Statistical return of the lunatic asylum in Assam - 1912-1932
Year: 1912
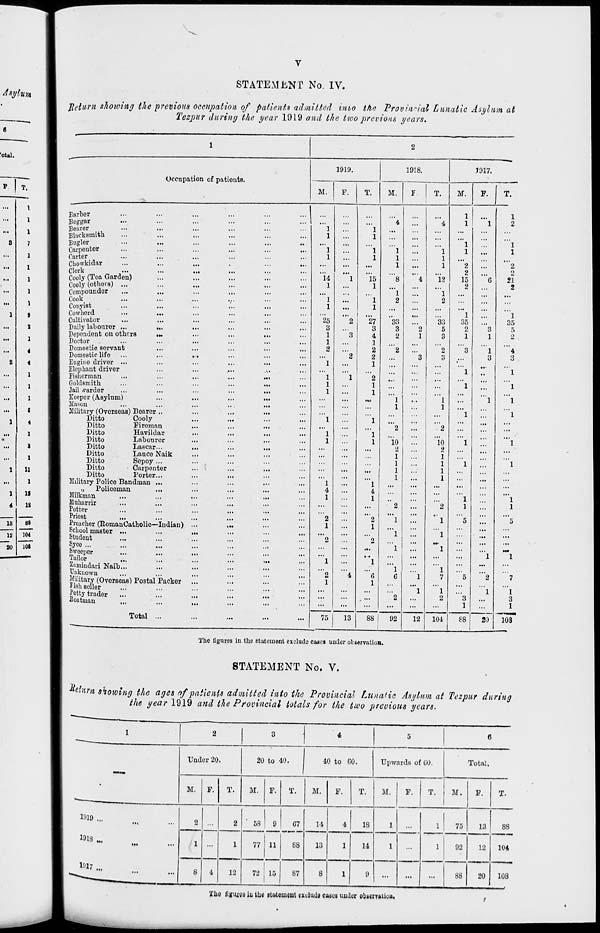
STATEMENT No. IV.
Return showing the previous occupation of patients admitted imo the Provincial Lunatic Asylum at
Tezpur during the year 1919 and the two previous years.
...
I
...
1
...
1
s
7
...
1
...
1
...
1
...
1
...
1
1
9
...
8
...
1
...
4
8
4
...
1
...
1
...
1
...
e
1
4
•
1
a
...
l
1
n
...
l
1
is
4
12
13 ~88
12
104
20 ~10I
Occupation of pationts.
1919.
M.
F.
T.
1918.
M.
1917.
Barber
Beggar
Bearer
••■
•
Blacksmith
Buglor
Carpenter
Carter
Chowkidar
Clerk
Cooly (Toa Garden)
Cooly (others) ...
Compoundor
Cook_
Cooyist
Cowherd
Cultivator
Daily labourer ...
i
Dependent on others
,
Doctor
Domestic sorvant
Domestic life
Engine drivor ...
Elephant driver
Fisherman
Goldsmith
Jail .varder
Keeper (Asylum)
Mason
Military (Overseas) Bearer
Ditto
Ditto
Ditto
Ditto
Ditto
Ditto
Ditto
Ditto
Ditto
Cooly
Fireman
Havildar
Labourer
Lascar...
Lauce Naik
Sepoy ...
Carpenter
Porter...
Military Police Sandman
„
Policeman
...
Milkman
Muharrir
Potter
Priest
Preacher (EomanCatholic—Indian)
School master ...
Student
Syco ...
Sweeper
Tailor
Zninindari Naib...
Unknown
Military (Overseas) Postal Packer
PisliBoller
Potty trader
Boatman
Total ...
■•>
14
1
"l
1
25
3
1
1
2
75
13
'"4
1
1
...
"1
""l
1
1
1
15
'"8
1
1
1
2
1
...
27
"33
3
3
4
2
1
2
2
2
1
...
2
1
1
„
1
••
1
1
2
1
1
io
2
88
92
12
1
1
1
12
'"l
2
33
5
3
""2
3
10
2
1
1
1
1
104
M.
The figures in the statement exclude cases under observation.
STATEMENT No. V.
1
1
"2
2
15
2
1
35
2
1
F.
88
20
T.
1
1
"2
2
21
2
1
35
5
2
"'4
3
"l
1
"l
"l
1
3
1
icT
■ Return showing the ages of patients admitted into the Provincial Luna'ic Asylum at Tezpur during
the year 1919 and the Provincial totals for the two previous years.
1919 ...
1918 ...
»w...
1
2
3
4
5
6
Under 20.
20 to 40.
40 to 60.
Upwards of 00.
Total.
M. F.
T.
M. F.
T.
M.
F.
T.
M.
F.
T.
M.
F.
T.
■It
...
2
2
58
9
07
88
14
4
18
1
1
75
13
88
...
1 ...
1
77 11
13
1
14
1
...
1
92
12
104
••'
...
8 4
12
72 I 15
1
87
8
1
9
...
...
...
88
20
108
The figures iu ihc etutoweut exclude cuues under obkerraliou.